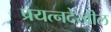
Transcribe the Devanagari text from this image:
प्रयत्नदेखील